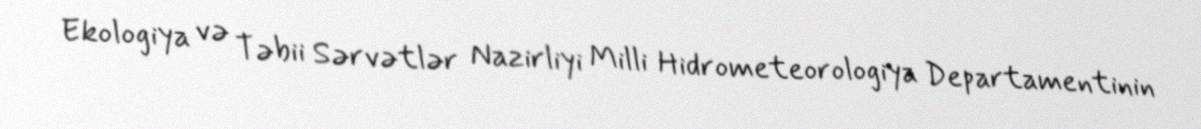
Ekologiya və Təbii Sərvətlər Nazirliyi Milli Hidrometeorologiya Departamentinin